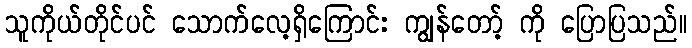
သူကိုယ်တိုင်ပင် သောက်လေ့ရှိကြောင်း ကျွန်တော့် ကို ပြောပြသည်။